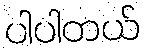
ပါပါတယ်